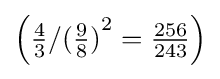
\left({\begin{matrix}{\frac {4}{3}}\end{matrix}}/{{\begin{matrix}({\frac {9}{8}})\end{matrix}}^{2}}={\begin{matrix}{\frac {256}{243}}\end{matrix}}\right)